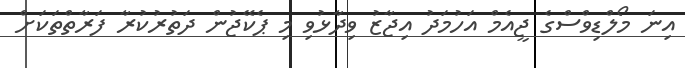
އިނަ މޯލްޑިވްސްގެ ޖީއެމް އަހުމަދު އިޖާޒު ވިދާޅުވި މި ޕެކޭޖުން ދަތުރުކުރާ ފަރާތްތަކަށް